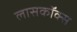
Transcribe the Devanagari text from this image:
लासकॉक्स